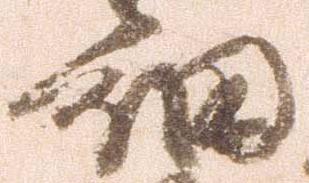
細